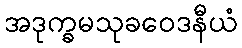
အဒုက္ခမသုခဝေဒနီယံ